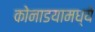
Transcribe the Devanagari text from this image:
कोनाडयामध्ये